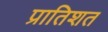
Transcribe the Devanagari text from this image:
प्रातिशत